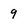
Character: 9